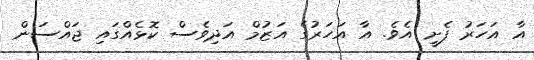
އާ އަހަރު ފެށީ އެވެ. އާ އަހަރުގެ އަޒުމް އަދިވެސް ކޮޅެއްގައި ޖައްސަން